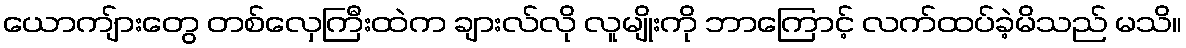
ယောကျ်ားတွေ တစ်လှေကြီးထဲက ချားလ်လို လူမျိုးကို ဘာကြောင့် လက်ထပ်ခဲ့မိသည် မသိ။